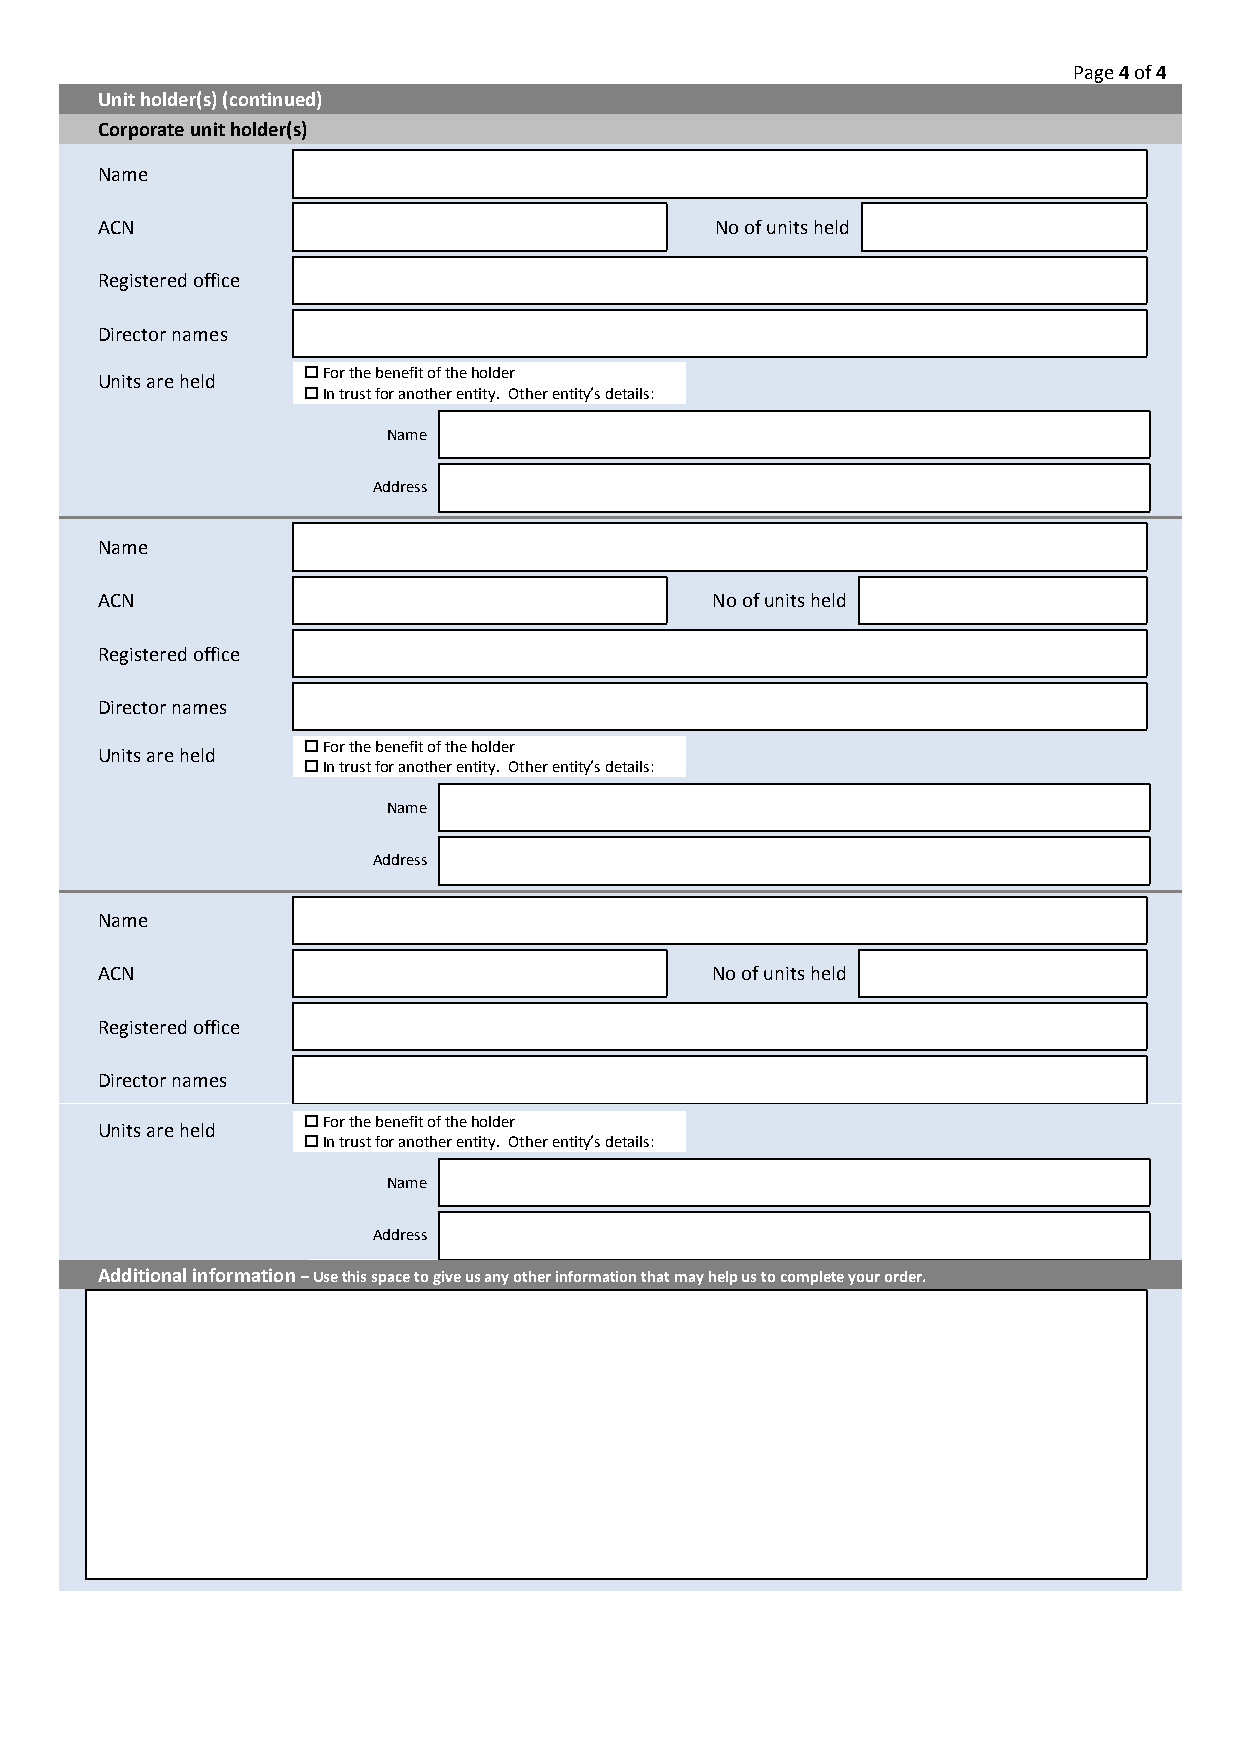
Page 4 of 4
 Unit holder(s) (continued)
 Corporate unit holder(s)
 Name
 ACN                                      No of units held
 Registered office
 Director names
 U nits are held
 
 
 F Ino r
 t
 rt uh se
 t
 b foe rn ae nfi ot to hf
 e
 t rh ee
 n
 h tio tyld
 .
 e Or
 t h er entity’s details:
 Name
 Address
 Name
 ACN                                      No of units held
 Registered office
 Director names
 Units are held
 
 
 F Ino r
 t
 rt uh se
 t
 b foe rn ae nfi ot to hf
 e
 t rh ee
 n
 h tio tyld
 .
 e Or
 t h er entity’s details:
 Name
 Address
 Name
 ACN                                      No of units held
 Registered office
 Director names
 Units are held
 
 
 F Ino r
 t
 rt uh se
 t
 b foe rn ae nfi ot
 t
 o hf
 e
 t
 r
 h ee
 n
 h tio tyld
 .
 e Or
 t h er entity’s details:
 Name
 Address
 Additional information – Use this space to give us any other information that may help us to complete your order.